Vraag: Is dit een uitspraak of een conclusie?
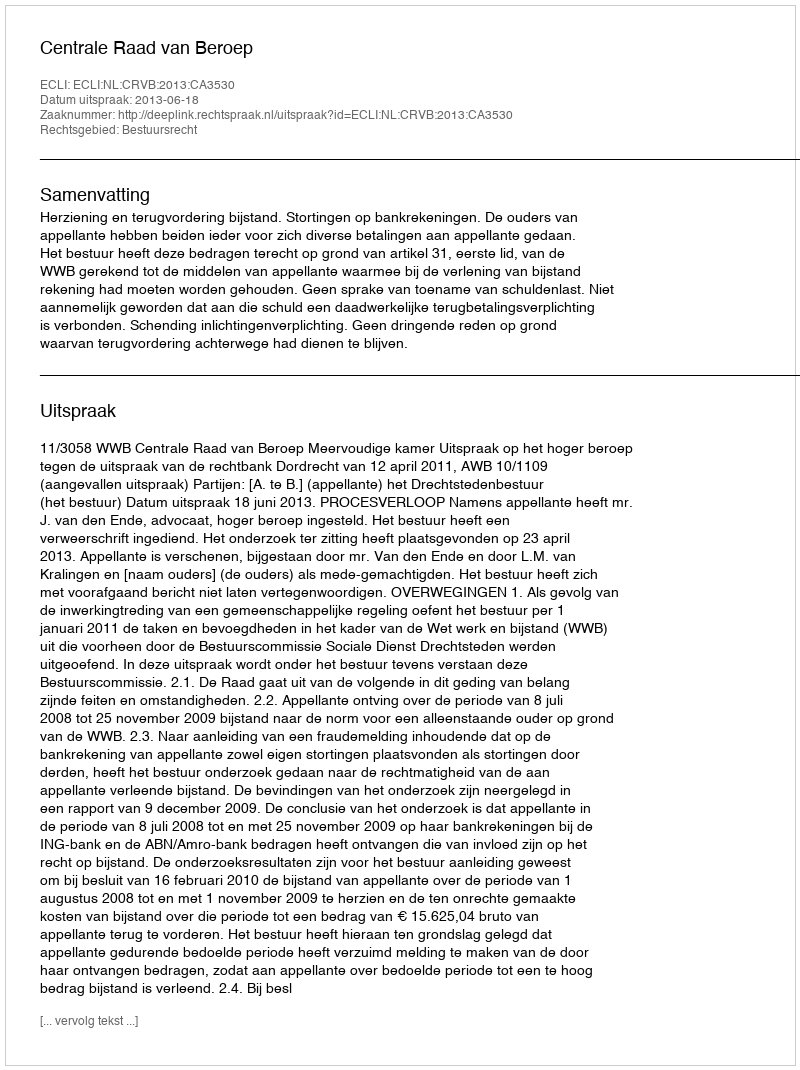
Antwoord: Uitspraak